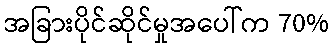
အခြားပိုင်ဆိုင်မှုအပေါ်က 70%